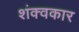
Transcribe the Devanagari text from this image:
शंक्वकार